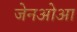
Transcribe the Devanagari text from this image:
जेनओआ